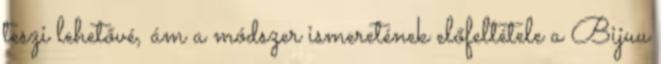
teszi lehetővé, ám a módszer ismeretének előfeltétele a Bijuu